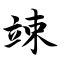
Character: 竦